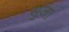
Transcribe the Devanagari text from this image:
सुज़ा